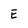
Character: E